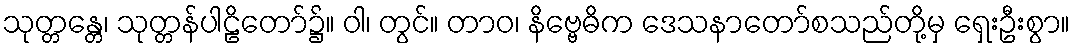
သုတ္တန္တေ၊ သုတ္တန်ပါဠိတော်၌။ ဝါ၊ တွင်။ တာဝ၊ နိဗ္ဗေဓိက ဒေသနာတော်စသည်တို့မှ ရှေးဦးစွာ။